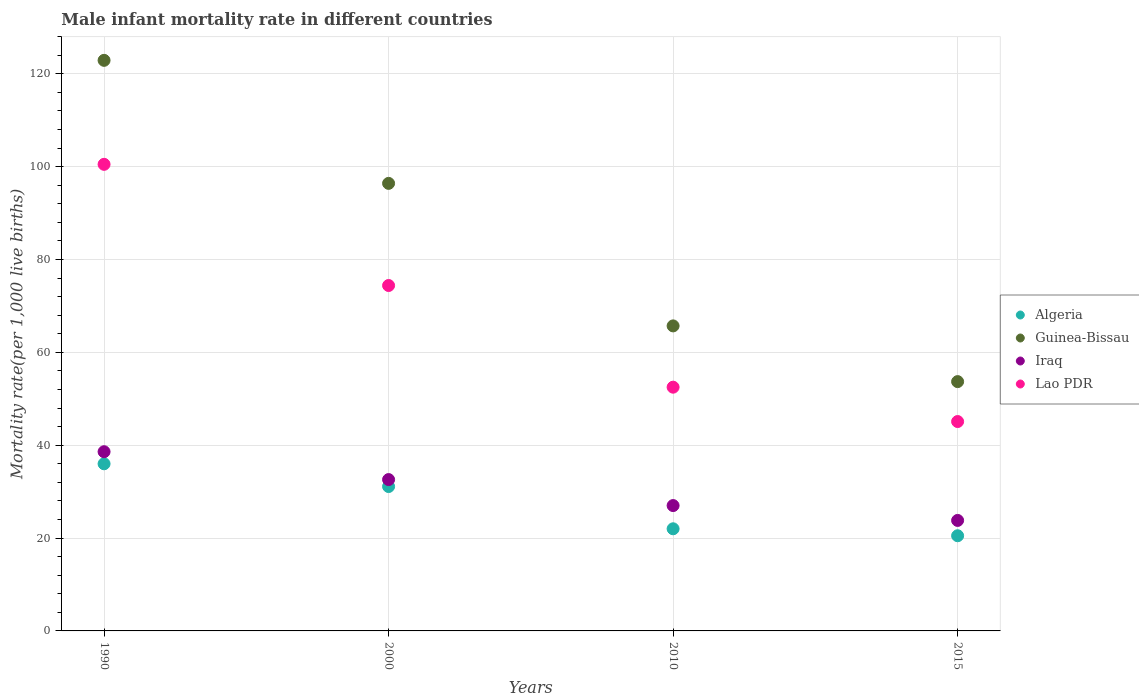
| Years | Algeria | Guinea-Bissau | Iraq | Lao PDR |
 | --- | --- | --- | --- | --- |
 | 1990 | 36 | 123 | 38.6 | 100 |
 | 2000 | 31.1 | 96.4 | 32.6 | 74.4 |
 | 2010 | 22 | 65.7 | 27 | 52.5 |
 | 2015 | 20.5 | 53.7 | 23.8 | 45.1 |